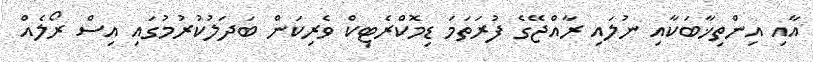
އާއި އިންތިޚާބަކާއި ނުލައި ރާއްޖޭގެ ފުރަތަމަ ޑިމޮކްރެޓިކް ވެރިކަން ބަދަލުކުރުމުގައި އިސް ރޯލެއް